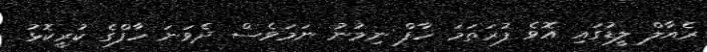
ރެއާލް ލީޑުގައި އޮވެ ފުރަތަމަ ހާފް ނިމުނު ނަމަވެސް ދެވަނަ ހާފްގެ ކުރީކޮޅު